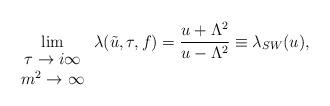
LaTeX: \begin{align*}\lim_{\begin{array}{c}\tau \rightarrow i \infty \\ m^{2} \rightarrow \infty \end{array}} \lambda (\tilde{u},\tau,f)= \frac {u + \Lambda^{2}}{u- \Lambda^{2}} \equiv \lambda_{SW}(u),\end{align*}